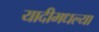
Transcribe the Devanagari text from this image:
यादीमधल्या